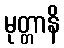
မုတ္တာနိ